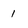
Character: 1